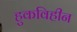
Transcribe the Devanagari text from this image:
हुकविहीन